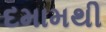
દમામથી